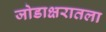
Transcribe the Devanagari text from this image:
जोडाक्षरातला